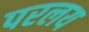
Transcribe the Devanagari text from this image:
परलय